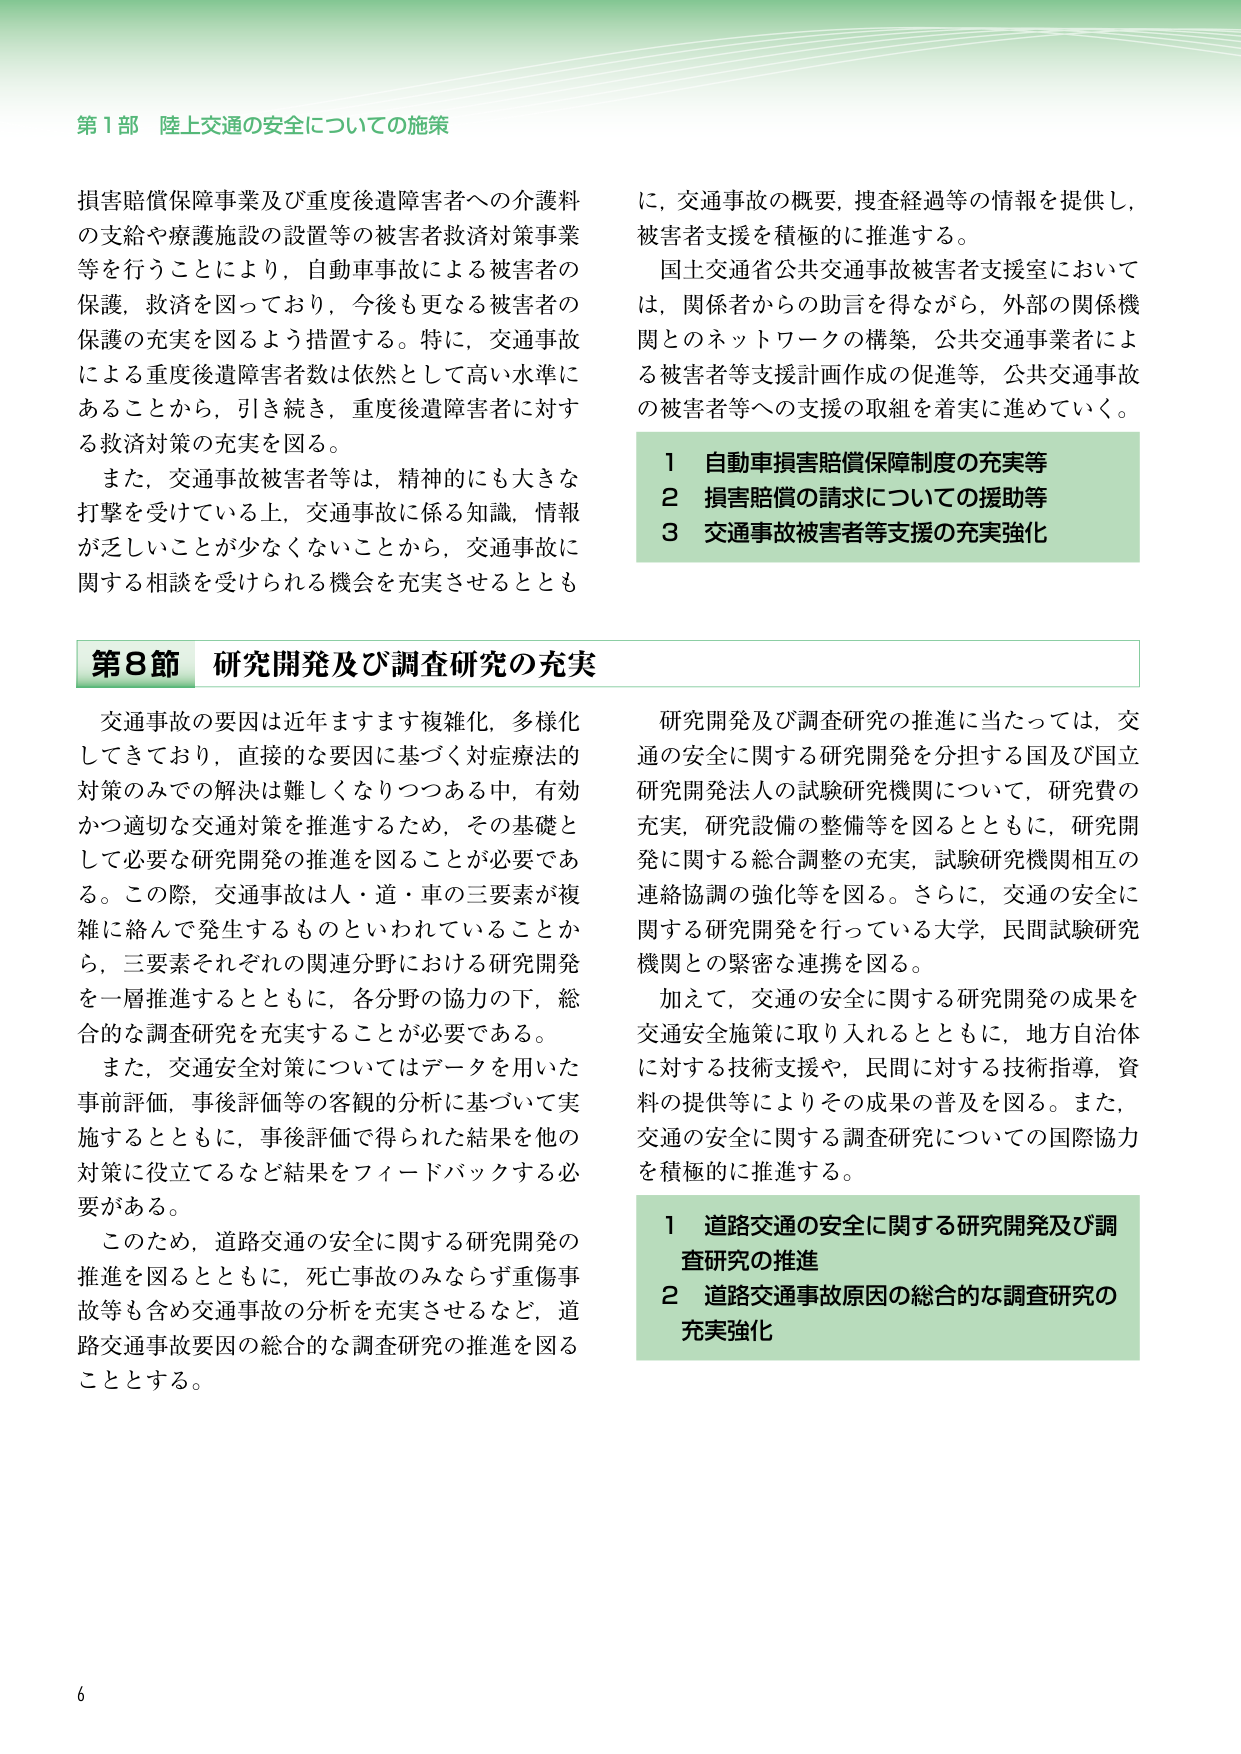
第1部 陸上交通の安全についての施策

損害賠償保障事業及び重度後遺障害者への介護料の支給や療護施設の設置等の被害者救済対策事業等を行うことにより，自動車事故による被害者の保護，救済を図っており，今後も更なる被害者の保護の充実を図るよう措置する。特に，交通事故による重度後遺障害者数は依然として高い水準にあることから，引き続き，重度後遺障害者に対する救済対策の充実を図る。

また，交通事故被害者等は，精神的にも大きな打撃を受けている上，交通事故に係る知識，情報が乏しいことが少なくないことから，交通事故に関する相談を受けられる機会を充実させるとも

に，交通事故の概要，捜査経過等の情報を提供し，被害者支援を積極的に推進する。

国土交通省公共交通事故被害者支援室においては，関係者からの助言を得ながら，外部の関係機関とのネットワークの構築，公共交通事業者による被害者等支援計画作成の促進等，公共交通事故の被害者等への支援の取組を着実に進めていく。

1 自動車損害賠償保障制度の充実等
2 損害賠償の請求についての援助等
3 交通事故被害者等支援の充実強化

第8節 研究開発及び調査研究の充実

交通事故の要因は近年ますます複雑化，多様化してきており，直接的な要因に基づく対症療法的対策のみでの解決は難しくなりつつある中，有効かつ適切な交通対策を推進するため，その基礎として必要な研究開発の推進を図ることが必要である。この際，交通事故は人・道・車の三要素が複雑に絡んで発生するものといわれていることから，三要素それぞれの関連分野における研究開発を一層推進するとともに，各分野の協力の下，総合的な調査研究を充実することが必要である。

また，交通安全対策についてはデータを用いた事前評価，事後評価等の客観的分析に基づいて実施するとともに，事後評価で得られた結果を他の対策に役立てるなど結果をフィードバックする必要がある。

このため，道路交通の安全に関する研究開発の推進を図るとともに，死亡事故のみならず重傷事故等も含め交通事故の分析を充実させるなど，道路交通事故要因の総合的な調査研究の推進を図ることとする。

研究開発及び調査研究の推進に当たっては，交通の安全に関する研究開発を分担する国及び国立研究開発法人の試験研究機関について，研究費の充実，研究設備の整備等を図るとともに，研究開発に関する総合調整の充実，試験研究機関相互の連絡協調の強化等を図る。さらに，交通の安全に関する研究開発を行っている大学，民間試験研究機関との緊密な連携を図る。

加えて，交通の安全に関する研究開発の成果を交通安全施策に取り入れるとともに，地方自治体に対する技術支援や，民間に対する技術指導，資料の提供等によりその成果の普及を図る。また，交通の安全に関する調査研究についての国際協力を積極的に推進する。

1 道路交通の安全に関する研究開発及び調査研究の推進
2 道路交通事故原因の総合的な調査研究の充実強化

6